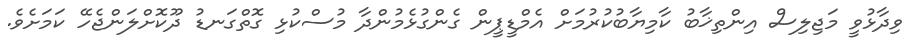
ވިދާޅުވީ މަޖިލިސް އިންތިޚާބު ކާމިޔާބުކުރުމަށް އެމްޑީޕީން ގެންގުޅެމުންދާ މުސްކުޅި ގޮތްގަނޑު ދޫކޮށްލަންޖެހޭ ކަމަށެވެ.